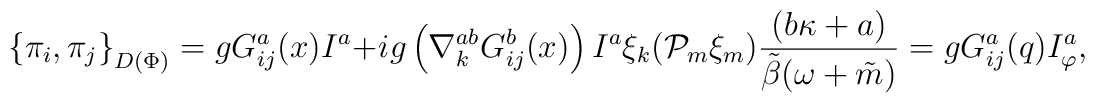
{\{\pi_i,\pi_j\}}_{D(\Phi)}=gG_{ij}^a(x)I^a+ig\left(\nabla_k^{ab}G_{ij}^b(x)\right)I^a\xi_k({\cal P}_m\xi_m)\frac{(b\kappa+a)}{\tilde \beta(\omega+\tilde m)}=gG_{ij}^a(q)I^a_\varphi,